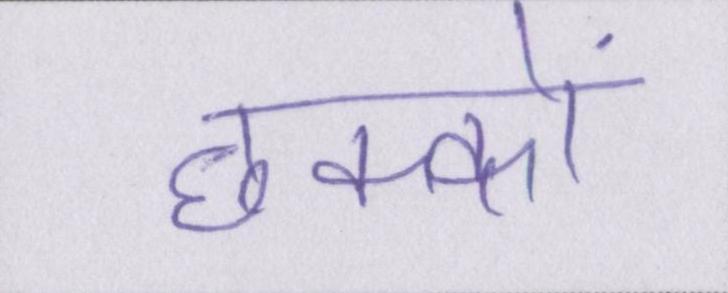
छक्कों